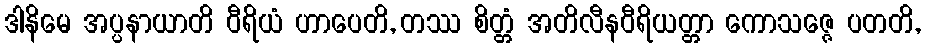
ဒါနိမေ အပ္ပနာယာတိ ဝီရိယံ ဟာပေတိ, တဿ စိတ္တံ အတိလီနဝီရိယတ္တာ ကောသဇ္ဇေ ပတတိ,